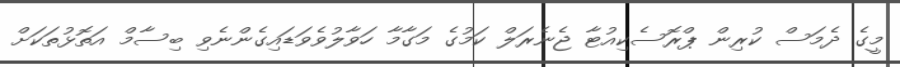
މީގެ ދެމަސް ކުރިން ޕްރޮސެކިއުޓާ ޖެނެރަލް ކަމުގެ މަގާމާ ހަވާލުވެވަޑައިގެންނެވި ބިސާމް އަތޮޅުތަކަށް